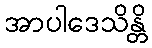
အာပါဒေသိန္တိ